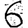
Digit: 6